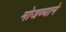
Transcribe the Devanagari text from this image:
मोजण्याने